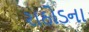
રાઠોડના